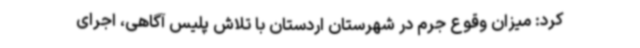
کرد: میزان وقوع جرم در شهرستان اردستان با تلاش پلیس آگاهی، اجرای